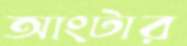
আংটার